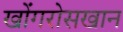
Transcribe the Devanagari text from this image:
खोंगरोसखान